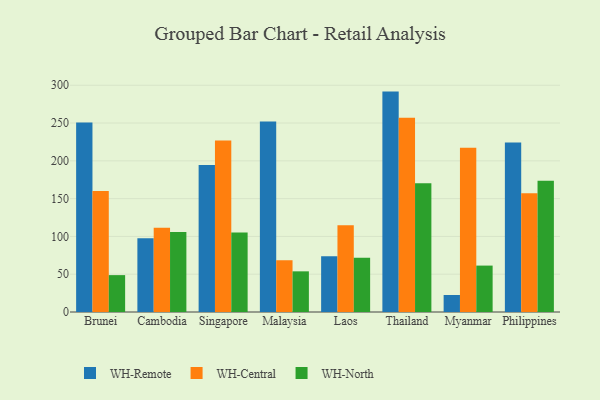
{"axis": {"x": "Country", "y": "Website Visitors"}, "legend": ["WH-Central", "WH-North", "WH-Remote"], "data": [{"x": "Brunei", "y": 250.8, "type": "WH-Remote"}, {"x": "Brunei", "y": 160.0, "type": "WH-Central"}, {"x": "Brunei", "y": 48.8, "type": "WH-North"}, {"x": "Cambodia", "y": 97.6, "type": "WH-Remote"}, {"x": "Cambodia", "y": 111.4, "type": "WH-Central"}, {"x": "Cambodia", "y": 106.0, "type": "WH-North"}, {"x": "Singapore", "y": 194.5, "type": "WH-Remote"}, {"x": "Singapore", "y": 226.9, "type": "WH-Central"}, {"x": "Singapore", "y": 105.1, "type": "WH-North"}, {"x": "Malaysia", "y": 251.9, "type": "WH-Remote"}, {"x": "Malaysia", "y": 68.4, "type": "WH-Central"}, {"x": "Malaysia", "y": 53.8, "type": "WH-North"}, {"x": "Laos", "y": 73.9, "type": "WH-Remote"}, {"x": "Laos", "y": 114.9, "type": "WH-Central"}, {"x": "Laos", "y": 71.8, "type": "WH-North"}, {"x": "Thailand", "y": 291.6, "type": "WH-Remote"}, {"x": "Thailand", "y": 256.9, "type": "WH-Central"}, {"x": "Thailand", "y": 170.5, "type": "WH-North"}, {"x": "Myanmar", "y": 22.5, "type": "WH-Remote"}, {"x": "Myanmar", "y": 217.2, "type": "WH-Central"}, {"x": "Myanmar", "y": 61.4, "type": "WH-North"}, {"x": "Philippines", "y": 224.4, "type": "WH-Remote"}, {"x": "Philippines", "y": 157.2, "type": "WH-Central"}, {"x": "Philippines", "y": 173.8, "type": "WH-North"}]}